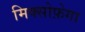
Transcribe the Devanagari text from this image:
मिक्सोफ़ेगा